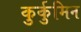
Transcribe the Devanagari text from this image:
कुर्कुमिन